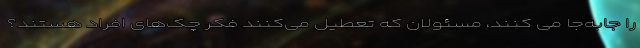
را جابه‌جا می کنند، مسئولان که تعطیل می‌کنند فکر چک‌های افراد هستند؟